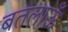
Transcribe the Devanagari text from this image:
बतलाऊँ